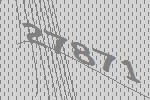
27871